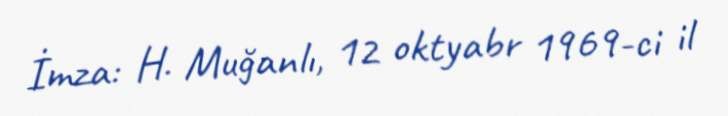
İmza: H. Muğanlı, 12 oktyabr 1969-ci il